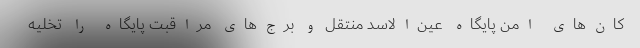
کان‌های امنِ پایگاه عین‌الاسد منتقل و برج‌های مراقبت پایگاه را تخلیه